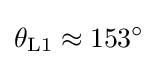
\theta _{{\rm {L}}1}\approx 153^{\circ }